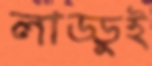
লাড্ডুই